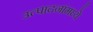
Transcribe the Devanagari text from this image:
उत्पादनांमध्‍ये